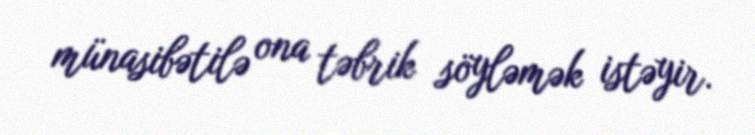
münasibətilə ona təbrik söyləmək istəyir.